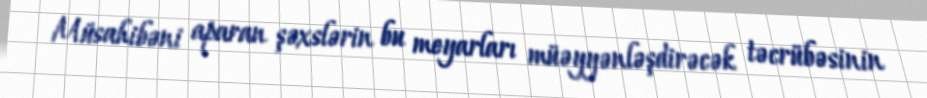
Müsahibəni aparan şəxslərin bu meyarları müəyyənləşdirəcək təcrübəsinin